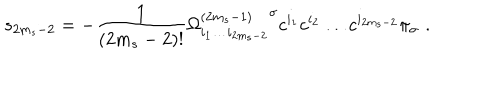
s _ { 2 m _ { s } - 2 } = - \frac { 1 } { ( 2 m _ { s } - 2 ) ! } { \Omega _ { i _ { 1 } \ldots i _ { 2 m _ { s } - 2 } } ^ { ( 2 m _ { s } - 1 ) } } ^ { \sigma } c ^ { i _ { 1 } } c ^ { i _ { 2 } } \ldots c ^ { i _ { 2 m _ { s } - 2 } } \pi _ { \sigma } \, \, .